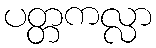
ပတ္တကလ္လာ